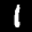
Label: 1